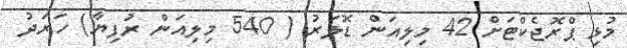
މުޅި ޕްރޮޖެކްޓަށް 42 މިލިއަން ޑޮލަރު ( 540 މިލިއަން ރުފިޔާ) ހަރަދު